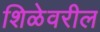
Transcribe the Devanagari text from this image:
शिळेवरील